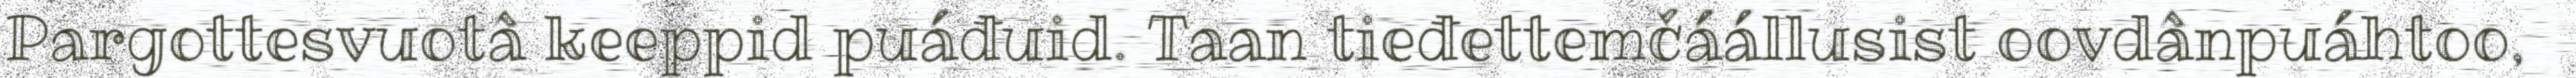
Pargottesvuotâ keeppid puáđuid. Taan tieđettemčáállusist oovdânpuáhtoo,